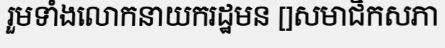
រួមទាំងលោកនាយករដ្ឋមន []សមាជិកសភា